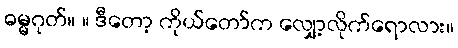
ဓမ္မဂုတ်။ ။ ဒီတော့ ကိုယ်တော်က လျှော့လိုက်ရောလား။